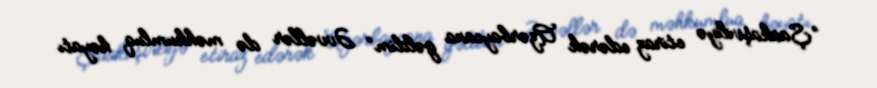
“Şaakaşviliyə etiraz edərək Azərbaycana gəldim” Əvvəllər də məhkumluq həyatı